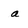
Character: a